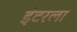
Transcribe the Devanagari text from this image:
इंटरला